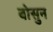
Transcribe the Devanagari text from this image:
बोसुन